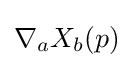
\nabla _{a}X_{b}(p)